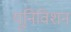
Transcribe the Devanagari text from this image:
यूनिविशन